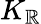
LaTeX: K_{\mathbb{R}}